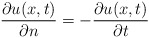
\begin{align*}\frac{\partial u(x,t)}{\partial n} = -\frac{\partial u(x,t)}{\partial t} \end{align*}